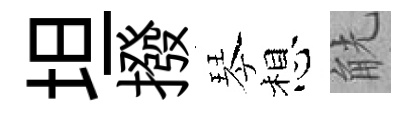
坦撥琴想觥